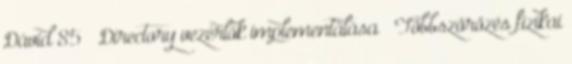
Dávid 85 Directory vezérlők implementálása ● Többszörözés fizikai